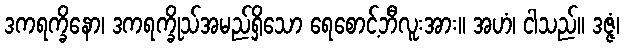
ဒကရက္ခိနော၊ ဒကရက္ခိုသ်အမည်ရှိသော ရေစောင့်ဘီလူးအား။ အဟံ၊ ငါသည်။ ဒဇ္ဇံ၊